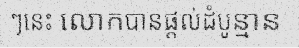
ៗនេះ លោកបានផ្តល់ដំបូន្មាន